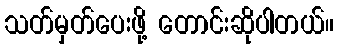
သတ်မှတ်ပေးဖို့ တောင်းဆိုပါတယ်။